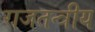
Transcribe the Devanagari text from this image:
राजतन्त्रीय